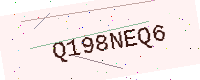
Text: Q198NEQ6